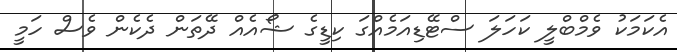
އެކަމަކު ވެމްބްލީ ކަހަލަ ސްޓޭޑިއަމެއްގަ ކިޑީގެ ޝޯއެއް ދޭތަން ދެކެން ވެސް ހަމީ